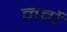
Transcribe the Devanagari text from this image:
नर्वो